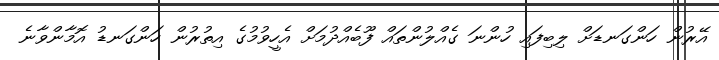
އޭރުން ހަންގަނޑަށް ލިބިފައި ހުންނަ ގެއްލުންތައް ފޫބެއްދުމަށް އެހީވުމުގެ އިތުރުން ހަންގަނޑު އޮމާންވާނެ